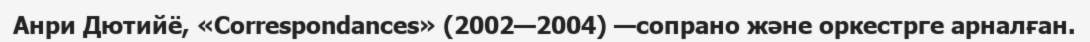
Анри Дютийё, «Correspondances» (2002—2004) —сопрано және оркестрге арналған.